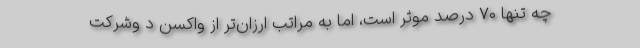
چه تنها ۷۰ درصد موثر است، اما به مراتب ارزان‌تر از واکسن د وشرکت